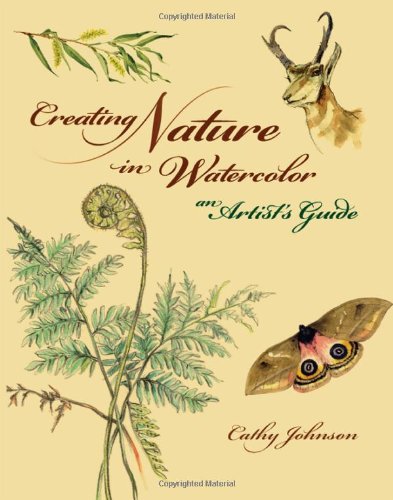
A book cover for Creating Nature in Watercolor: An Artist's Guide; Cathy Johnson; Arts & Photography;